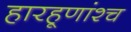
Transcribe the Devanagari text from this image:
हारहूणांश्च